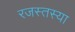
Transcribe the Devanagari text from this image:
रजस्तस्या